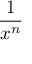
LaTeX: \frac { 1 } { x ^ { n } }